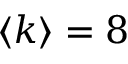
\langle k \rangle = 8